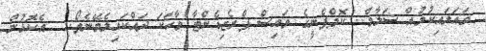
ވަައަލައިކުމުއް ސަލާމް.. ކޮމްޕެނީގެ ވައިސް ޕްރެޒިޑެންޓާ ވާހަކަ ދައްކައިލެވޭނެތޯ..  އެކޮޅުން